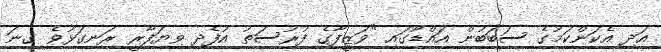
އަދި އެކަންކަމުގެ ސަބަބުން އައްޑޫގައި "ވަޒީފާގެ ފުރުސަތު އުފެދި ވިޔަފާރީ ރަނގަޅުވެ ގިނަ